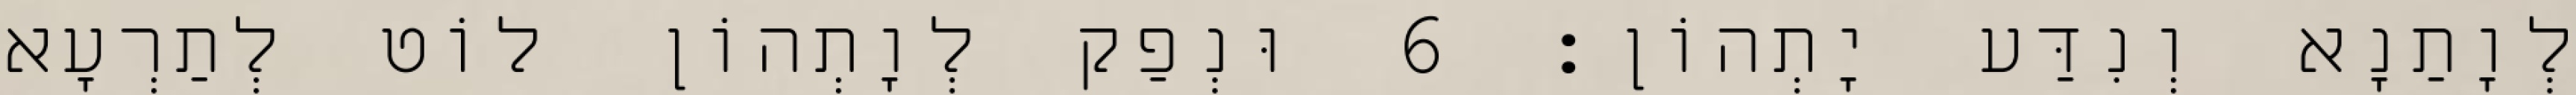
לְוָתַנָא וְנִדַּע יָתְהוֹן׃ 6 וּנְפַק לְוָתְהוֹן לוֹט לְתַרְעָא